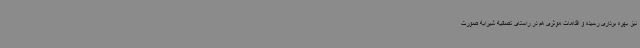
نیز بهره برداری رسیده و اقدامات موثری هم در راستای تصفیه شیرابه صورت